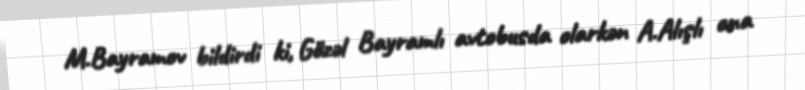
M.Bayramov bildirdi ki, Gözəl Bayramlı avtobusda olarkən A.Alışlı ona